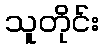
သူတိုင်း